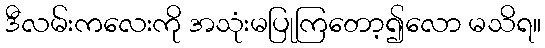
ဒီလမ်းကလေးကို အသုံးမပြုကြတော့၍လော မသိရ။